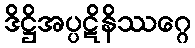
ဒိဋ္ဌိအပ္ပဋိနိဿဂ္ဂေ